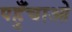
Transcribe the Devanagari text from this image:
पहुँचाओ